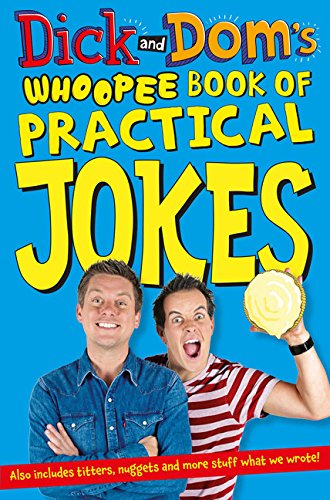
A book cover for Dick and Dom's Whoopee Book of Practical Jokes; David Chapman; Arts & Photography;